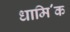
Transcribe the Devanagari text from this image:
धामि॔क